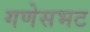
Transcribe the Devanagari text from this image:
गणेसभट